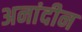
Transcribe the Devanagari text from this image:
अनांदीन